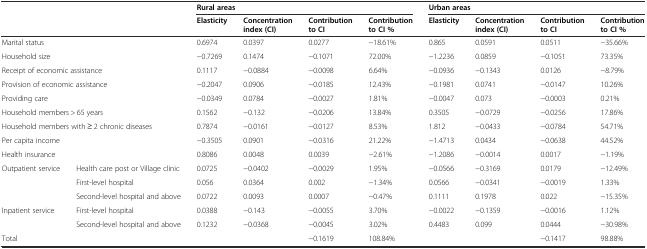
<table><thead><tr><td rowspan="2" colspan="2"></td><td colspan="4"><b>Rural areas</b></td><td colspan="4"><b>Urban areas</b></td></tr><tr><td><b>Elasticity</b></td><td><b>Concentration index (CI)</b></td><td><b>Contribution to CI</b></td><td><b>Contribution to CI %</b></td><td><b>Elasticity</b></td><td><b>Concentration index (CI)</b></td><td><b>Contribution to CI</b></td><td><b>Contribution to CI %</b></td></tr></thead><tbody><tr><td colspan="2">Marital status</td><td>0.6974</td><td>0.0397</td><td>0.0277</td><td>−18.61%</td><td>0.865</td><td>0.0591</td><td>0.0511</td><td>−35.66%</td></tr><tr><td colspan="2">Household size</td><td>−0.7269</td><td>0.1474</td><td>−0.1071</td><td>72.00%</td><td>−1.2236</td><td>0.0859</td><td>−0.1051</td><td>73.35%</td></tr><tr><td colspan="2">Receipt of economic assistance</td><td>0.1117</td><td>−0.0884</td><td>−0.0098</td><td>6.64%</td><td>−0.0936</td><td>−0.1343</td><td>0.0126</td><td>−8.79%</td></tr><tr><td colspan="2">Provision of economic assistance</td><td>−0.2047</td><td>0.0906</td><td>−0.0185</td><td>12.43%</td><td>−0.1981</td><td>0.0741</td><td>−0.0147</td><td>10.26%</td></tr><tr><td colspan="2">Providing care</td><td>−0.0349</td><td>0.0784</td><td>−0.0027</td><td>1.81%</td><td>−0.0047</td><td>0.073</td><td>−0.0003</td><td>0.21%</td></tr><tr><td colspan="2">Household members &gt; 65 years</td><td>0.1562</td><td>−0.132</td><td>−0.0206</td><td>13.84%</td><td>0.3505</td><td>−0.0729</td><td>−0.0256</td><td>17.86%</td></tr><tr><td colspan="2">Household members with ≥ 2 chronic diseases</td><td>0.7874</td><td>−0.0161</td><td>−0.0127</td><td>8.53%</td><td>1.812</td><td>−0.0433</td><td>−0.0784</td><td>54.71%</td></tr><tr><td colspan="2">Per capita income</td><td>−0.3505</td><td>0.0901</td><td>−0.0316</td><td>21.22%</td><td>−1.4713</td><td>0.0434</td><td>−0.0638</td><td>44.52%</td></tr><tr><td colspan="2">Health insurance</td><td>0.8086</td><td>0.0048</td><td>0.0039</td><td>−2.61%</td><td>−1.2086</td><td>−0.0014</td><td>0.0017</td><td>−1.19%</td></tr><tr><td rowspan="3">Outpatient service</td><td>Health care post or Village clinic</td><td>0.0725</td><td>−0.0402</td><td>−0.0029</td><td>1.95%</td><td>−0.0566</td><td>−0.3169</td><td>0.0179</td><td>−12.49%</td></tr><tr><td>First-level hospital</td><td>0.056</td><td>0.0364</td><td>0.002</td><td>−1.34%</td><td>0.0566</td><td>−0.0341</td><td>−0.0019</td><td>1.33%</td></tr><tr><td>Second-level hospital and above</td><td>0.0722</td><td>0.0093</td><td>0.0007</td><td>−0.47%</td><td>0.1111</td><td>0.1978</td><td>0.022</td><td>−15.35%</td></tr><tr><td rowspan="2">Inpatient service</td><td>First-level hospital</td><td>0.0388</td><td>−0.143</td><td>−0.0055</td><td>3.70%</td><td>−0.0022</td><td>−0.1359</td><td>−0.0016</td><td>1.12%</td></tr><tr><td>Second-level hospital and above</td><td>0.1232</td><td>−0.0368</td><td>−0.0045</td><td>3.02%</td><td>0.4483</td><td>0.099</td><td>0.0444</td><td>−30.98%</td></tr><tr><td colspan="2">Total</td><td></td><td></td><td>−0.1619</td><td>108.84%</td><td></td><td></td><td>−0.1417</td><td>98.88%</td></tr></tbody></table>